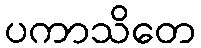
ပကာသိတေ